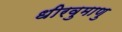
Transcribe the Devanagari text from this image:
धीरवुमाणु